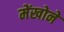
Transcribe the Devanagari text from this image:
मेंखोने